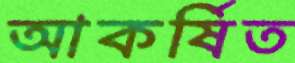
আকর্ষিত